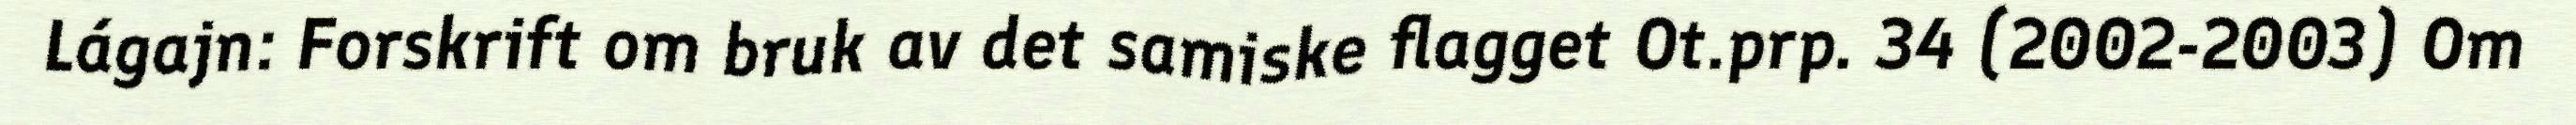
Lágajn: Forskrift om bruk av det samiske flagget Ot.prp. 34 (2002-2003) Om